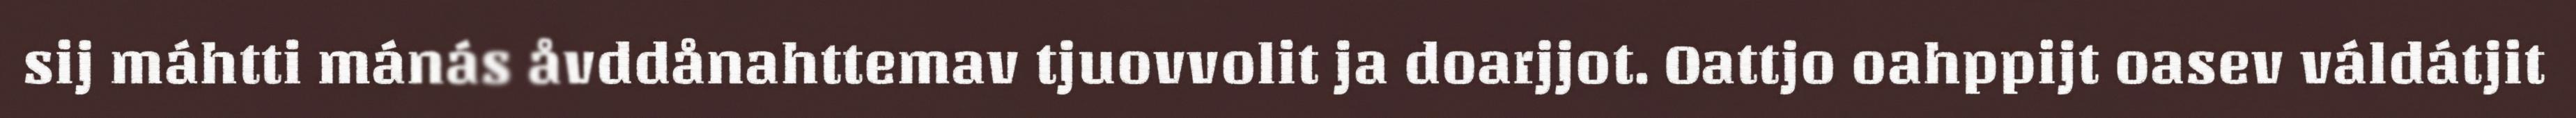
sij máhtti mánás åvddånahttemav tjuovvolit ja doarjjot. Oattjo oahppijt oasev váldátjit